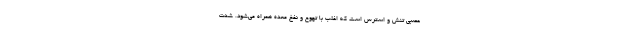
عصبی تنش و استرس است که اغلب با تهوع و نفخ معده همراه می‌شود. شدت